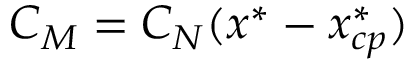
C _ { M } = C _ { N } ( x ^ { * } - x _ { c p } ^ { * } )